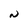
Character: N